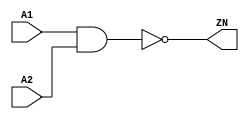
module NAND2_X2 (A1, A2, ZN);
  input A1;
  input A2;
  output ZN;

  not(ZN, i_22);
  and(i_22, A1, A2);


endmodule